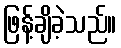
ဖြန့်ချိခဲ့သည်။